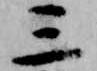
三